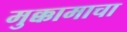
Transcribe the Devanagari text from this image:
मुक्कामाचा